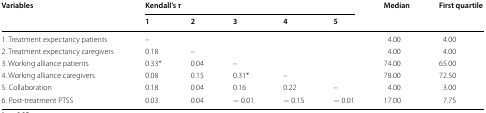
<table><thead><tr><td rowspan="2"><b>Variables</b></td><td colspan="5"><b>Kendall’s <i>τ</i></b></td><td rowspan="2"><b>Median</b></td><td rowspan="2"><b>First quartile</b></td></tr><tr><td><b>1</b></td><td><b>2</b></td><td><b>3</b></td><td><b>4</b></td><td><b>5</b></td></tr></thead><tbody><tr><td>1. Treatment expectancy patients</td><td>–</td><td>[EMPTY_CELL]</td><td>[EMPTY_CELL]</td><td>[EMPTY_CELL]</td><td>[EMPTY_CELL]</td><td>4.00</td><td>4.00</td></tr><tr><td>2. Treatment expectancy caregivers</td><td>0.18</td><td>–</td><td>[EMPTY_CELL]</td><td>[EMPTY_CELL]</td><td>[EMPTY_CELL]</td><td>4.00</td><td>4.00</td></tr><tr><td>3. Working alliance patients</td><td>0.33*</td><td>0.04</td><td>–</td><td>[EMPTY_CELL]</td><td>[EMPTY_CELL]</td><td>74.00</td><td>65.00</td></tr><tr><td>4. Working alliance caregivers</td><td>0.08</td><td>0.15</td><td>0.31*</td><td>–</td><td>[EMPTY_CELL]</td><td>78.00</td><td>72.50</td></tr><tr><td>5. Collaboration</td><td>0.18</td><td>0.04</td><td>0.16</td><td>0.22</td><td>–</td><td>4.00</td><td>3.00</td></tr><tr><td>6. Post-treatment PTSS</td><td>0.03</td><td>0.04</td><td>− 0.01</td><td>− 0.15</td><td>− 0.01</td><td>17.00</td><td>7.75</td></tr></tbody></table>